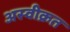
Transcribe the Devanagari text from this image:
अस्वीक्रत